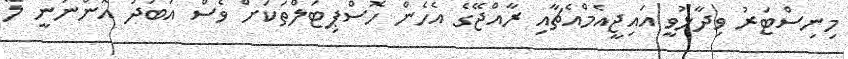
މިނިސްޓަރު ވިދާޅުވީ އައިޖީއެމްއެޗާއި ރާއްޖޭގެ އެހެން ހޮސްޕިޓަލްތަކަށް ވެސް އަބަދު އޮންނަނީ ލޭ